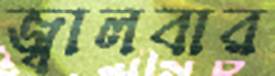
জ্বালবার